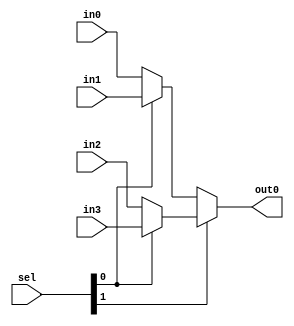
//////////////////////////////////////////////
// Project      : WiscSP13 - Unpipelined    //
// Module       : mux_4_1_16bit             //
// Descrption   : It's a mux :D		        //
//////////////////////////////////////////////

module mux_4_1_16bit (in0, in1, in2, in3, sel, out0);

/*****************************************************|
|********* Input/ Output Signal Declarations *********|
|*****************************************************/
    //Input CLK & RST
		//None

    //Input Signals
    input wire [15:0] 	in0,
						in1,
						in2,
						in3;
    
    //Input Control Signals
    input wire [1:0]	sel;
    
    //Output Signals
    output wire [15:0]  out0;

/*****************************************************|
|********** Internal Signal Declarations *************|
|*****************************************************/
	wire [15:0] 	tempL,
			    	tempH;			

/*****************************************************|
|********* Internal Module Instantitations ***********|
|*****************************************************/
	//None

/*****************************************************|
|***************** Internal Logic ********************|
|*****************************************************/
	assign tempL = sel[0] ? in1 : in0;
	assign tempH = sel[0] ? in3 : in2;
	assign out0  = sel[1] ? tempH : tempL;
	
endmodule